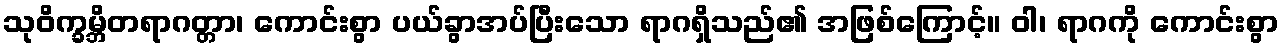
သုဝိက္ခမ္ဘိတရာဂတ္တာ၊ ကောင်းစွာ ပယ်ခွာအပ်ပြီးသော ရာဂရှိသည်၏ အဖြစ်ကြောင့်။ ဝါ၊ ရာဂကို ကောင်းစွာ